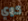
كوي